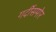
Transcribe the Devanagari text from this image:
गर्दीसमोर